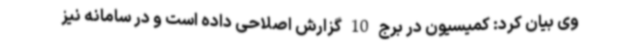
وی بیان کرد: کمیسیون در برج 10 گزارش اصلاحی داده است و در سامانه نیز